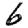
Digit: 6